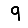
Digit: 9